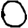
Digit: 0